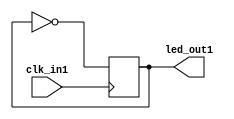
module pisca_leds(
    input clk_in1,
    output led_out1
);

reg contador=0;

assign led_out1=contador;

always @(posedge clk_in1) begin
    contador=~contador;
end

endmodule


module testbench;
 wire led;
 reg clk=0;

 pisca_leds Leds1(clk,led);

 always #1 clk=~clk;

 initial begin
     $dumpvars;
     clk<=0;
     #500;
     $finish;
 end
 endmodule